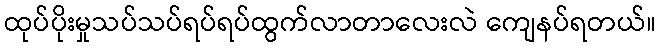
ထုပ်ပိုးမှုသပ်သပ်ရပ်ရပ်ထွက်လာတာလေးလဲ ကျေနပ်ရတယ်။